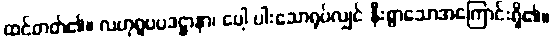
ထင်တတ်၏။ လဟုရူပပဒဋ္ဌာနာ၊ ပေါ့ ပါးသောရုပ်လျှင် နီးစွာသောအကြောင်းရှိ၏။